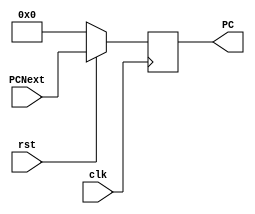
module PC (

    input clk,
    rst,
    input [31:0] PCNext,
    output reg [31:0] PC
);

  always @(posedge clk) begin

    if (~rst)
       PC <= 32'b00000000;
    

else 
   PC <= PCNext;

    
  end


endmodule